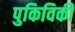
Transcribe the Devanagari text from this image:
पुकिविकी